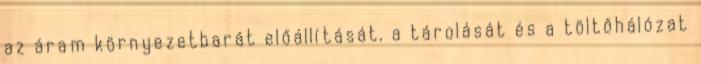
az áram környezetbarát előállítását, a tárolását és a töltőhálózat